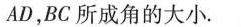
AD，BC所成角的大小。